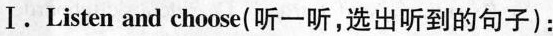
Ⅰ.Listen and choose(听一听,选出听到的句子):